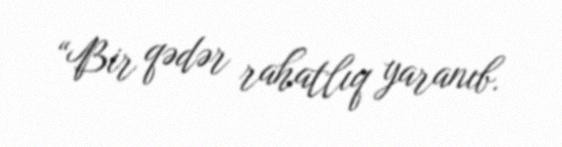
“Bir qədər rahatlıq yaranıb.